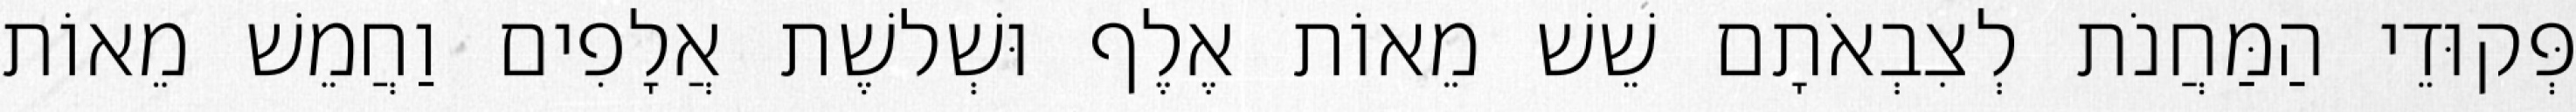
פְּקוּדֵי הַמַּחֲנֹת לְצִבְאֹתָם שֵׁשׁ מֵאוֹת אֶלֶף וּשְׁלשֶׁת אֲלָפִים וַחֲמֵשׁ מֵאוֹת